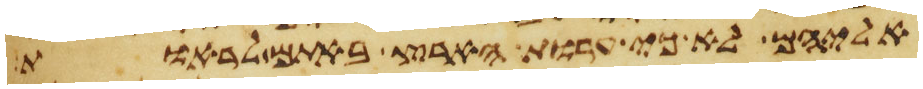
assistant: אליהם לא כי ערות הארץ באתם לראות